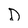
Character: D